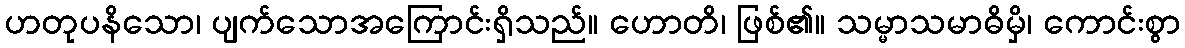
ဟတုပနိသော၊ ပျက်သောအကြောင်းရှိသည်။ ဟောတိ၊ ဖြစ်၏။ သမ္မာသမာဓိမှိ၊ ကောင်းစွာ